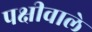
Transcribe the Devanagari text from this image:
पक्षीवाले